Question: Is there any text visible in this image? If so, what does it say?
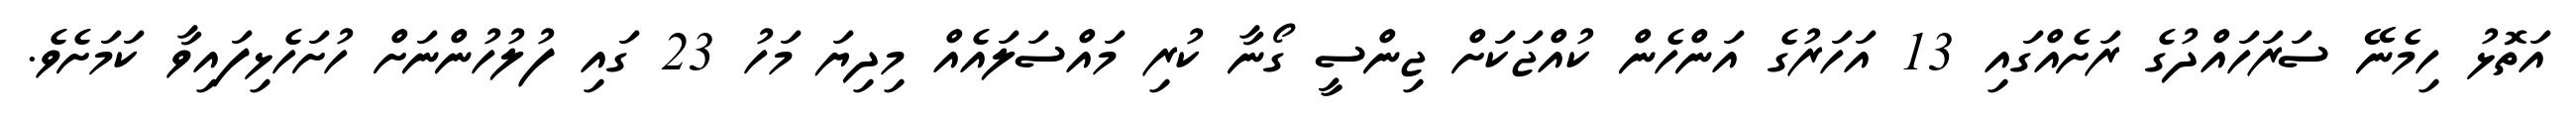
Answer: އަތޮޅު ހިމެނޭ ސަރަހައްދުގެ ރަށެއްގައި 13 އަހަރުގެ އަންހެން ކުއްޖަކަށް ޖިންސީ ގޯނާ ކުރި މައްސަލައެއް މިދިޔަ މަހު 23 ގައި ފުލުހުންނަށް ހުށަހެޅިފައިވާ ކަމަށެވެ.